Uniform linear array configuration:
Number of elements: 12
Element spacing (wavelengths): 0.5
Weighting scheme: uniform
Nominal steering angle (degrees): -60
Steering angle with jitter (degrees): -61.429
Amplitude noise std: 0.05
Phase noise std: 0.05

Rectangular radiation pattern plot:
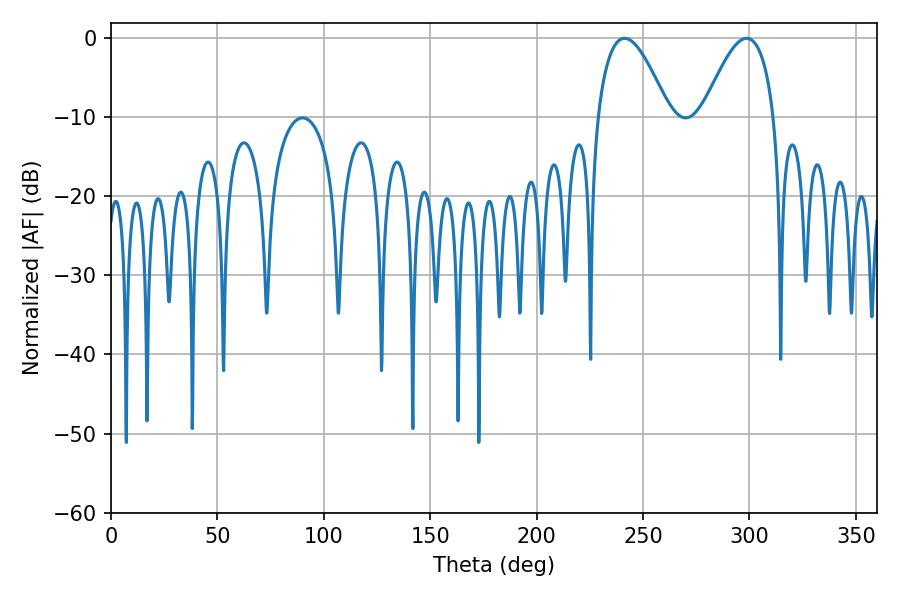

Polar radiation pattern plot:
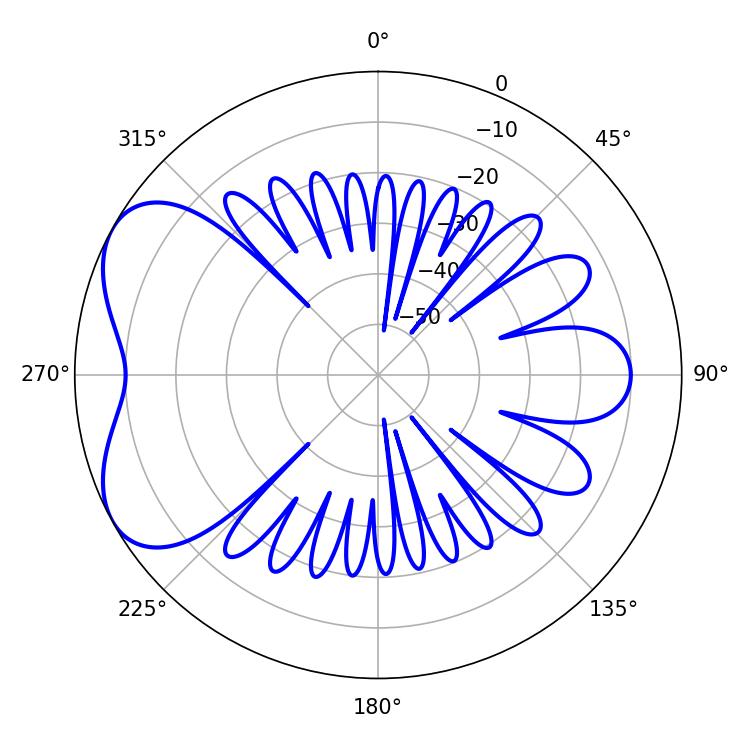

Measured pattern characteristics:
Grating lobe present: FALSE
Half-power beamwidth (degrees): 18.18
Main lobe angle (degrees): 241.38